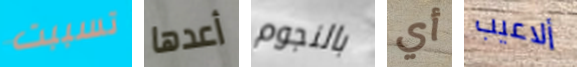
تسببت أعدها بالنجوم أي ألاعيب